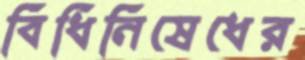
বিধিনিষেধের